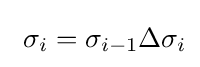
\textstyle \ \sigma _{i}=\sigma _{i-1}\Delta \sigma _{i}